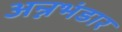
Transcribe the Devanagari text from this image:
अन्नभंडार